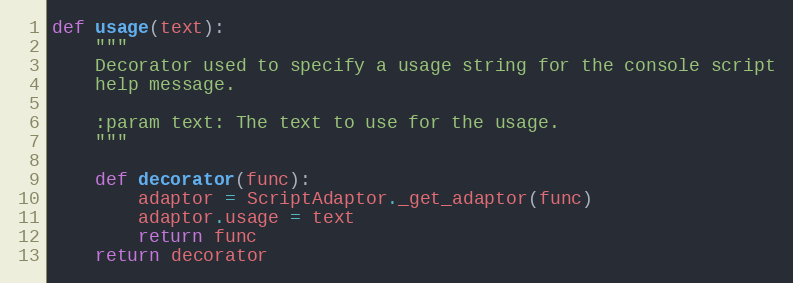
Language: Python
def usage(text):
    """
    Decorator used to specify a usage string for the console script
    help message.

    :param text: The text to use for the usage.
    """

    def decorator(func):
        adaptor = ScriptAdaptor._get_adaptor(func)
        adaptor.usage = text
        return func
    return decorator